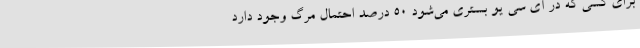
برای کسی که در آی سی یو بستری می‌شود 50 درصد احتمال مرگ وجود دارد